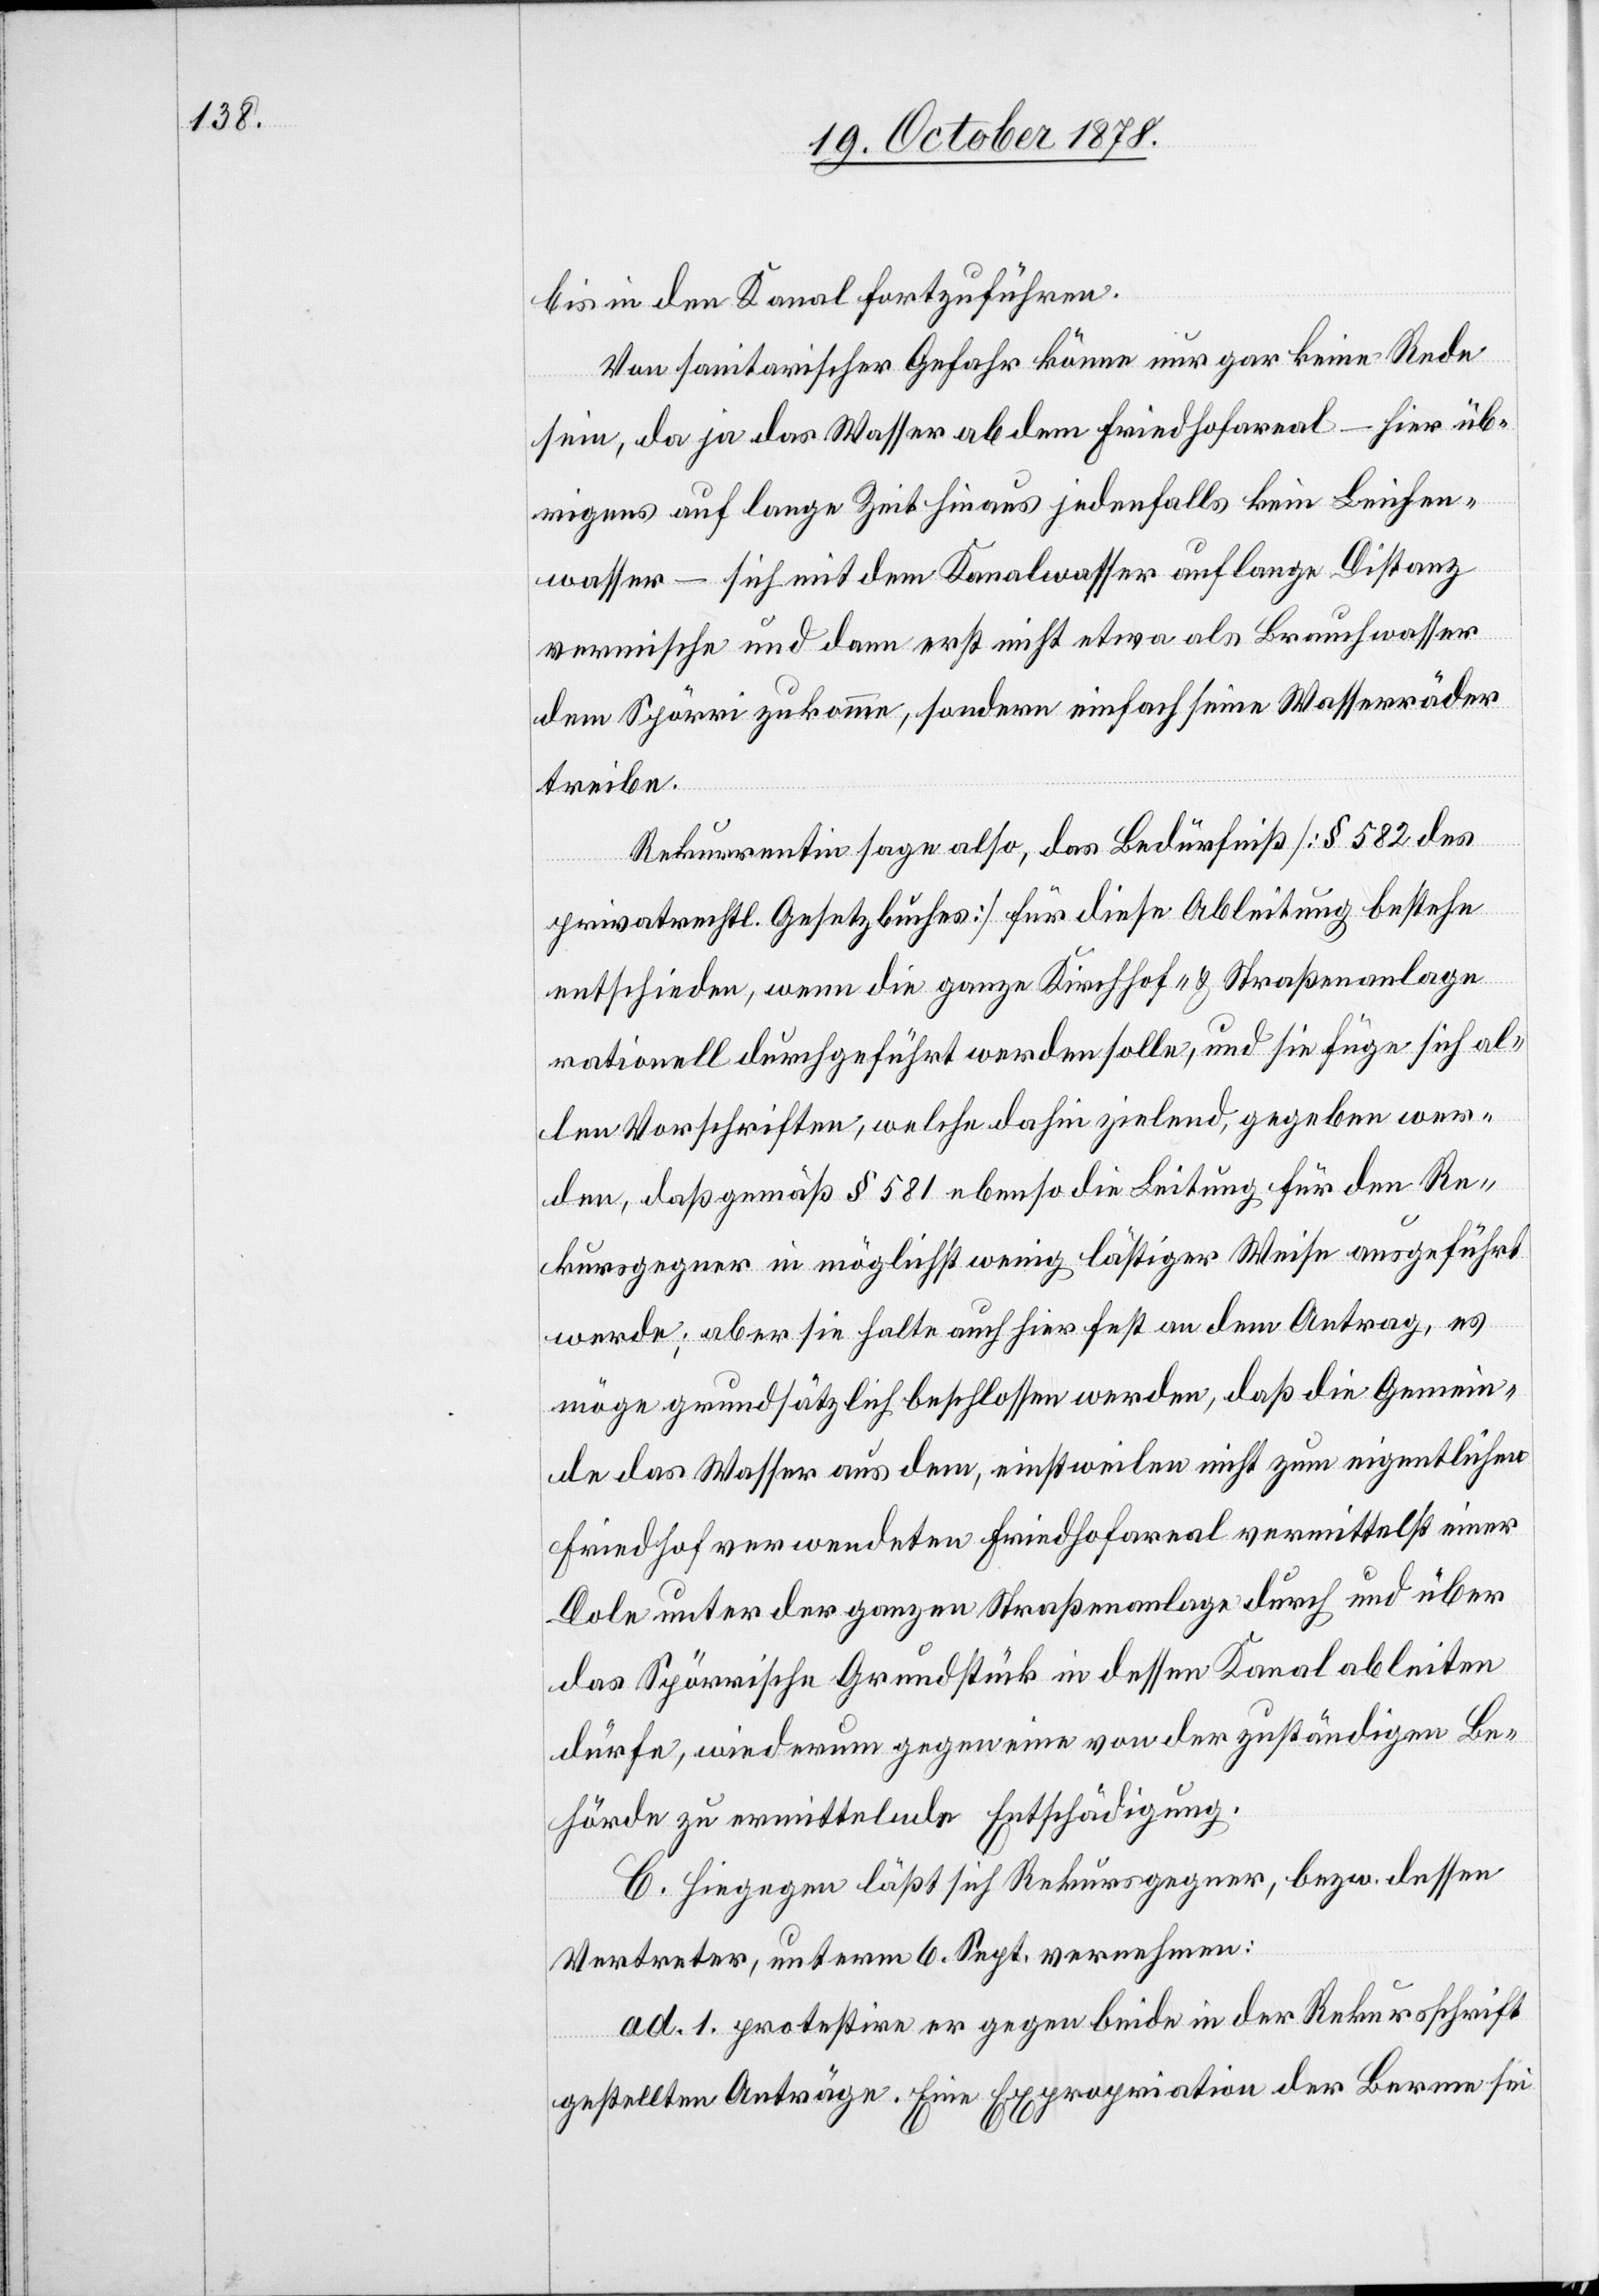
bis in den Kanal fortzuführen.
Von sanitarischer Gefahr könne nur gar keine Rede
sein, da ja das Wasser ab dem Friedhofareal – hier üb¬
rigens auf lange Zeit hinaus jedenfalls kein Leichen¬
wasser – sich mit dem Kanalwasser auf lange Distanz
vermische und dann erst nicht etwa als Brauchwasser
dem Spörri zukomme, sondern einfach seine Wasserräder
treibe.
Rekurrentin sage also, das Bedürfniß [§ 582 des
privatrechtl. Gesetzbuches] für diese Ableitung bestehe
entschieden, wenn die ganze Kirchhof- & Straßenanlage
rationell durchgeführt werden solle, und sie füge sich al¬
len Vorschriften, welche dahin zielend, gegeben wer¬
den, daß gemäß § 581 ebenso die Leitung für den Re¬
kursgegner in möglichst wenig lästiger Weise ausgeführt
werde; aber sie halte auch hier fest an dem Antrag, es
möge grundsätzlich beschlossen werden, daß die Gemein¬
de das Wasser aus dem, einstweilen nicht zum eigentlichen
Friedhof verwendeten Friedhofareal vermittelst einer
Dole unter der ganzen Straßenanlage durch und über
das Spörrische Grundstück in dessen Kanal ableiten
dürfe, wiederum gegen eine von der zuständigen Be¬
hörde zu ermittelnde Entschädigung.
C. Hiegegen läßt sich Rekursgegner, bezw. dessen
Vertreter, unterm 6. Sept. vernehmen:
ad. 1. protestire er gegen beide in der Rekursschrift
gestellten Anträge. Eine Expropriation der Berme sei